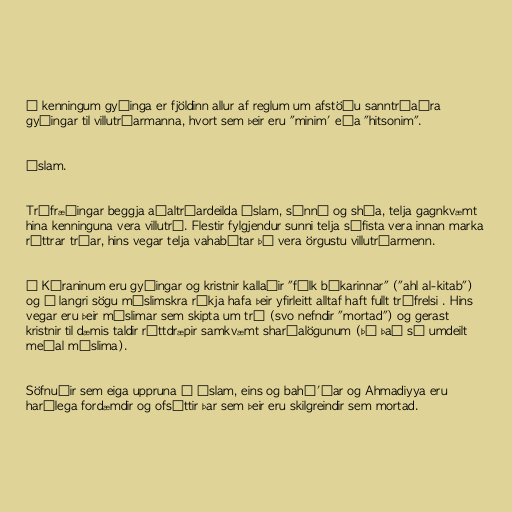
Í kenningum gyðinga er fjöldinn allur af reglum um afstöðu sanntrúaðra
gyðingar til villutrúarmanna, hvort sem þeir eru "minim' eða "hitsonim".

Íslam.

Trúfræðingar beggja aðaltrúardeilda íslam, súnní og shía, telja gagnkvæmt
hina kenninguna vera villutrú. Flestir fylgjendur sunni telja súfista vera innan marka
réttrar trúar, hins vegar telja vahabítar þá vera örgustu villutrúarmenn.

Í Kóraninum eru gyðingar og kristnir kallaðir "fólk bókarinnar" ("ahl al-kitab")
og í langri sögu múslimskra ríkja hafa þeir yfirleitt alltaf haft fullt trúfrelsi . Hins
vegar eru þeir múslimar sem skipta um trú (svo nefndir "mortad") og gerast
kristnir til dæmis taldir réttdræpir samkvæmt sharíalögunum (þó það sé umdeilt
meðal múslima).

Söfnuðir sem eiga uppruna í íslam, eins og bahá'íar og Ahmadiyya eru
harðlega fordæmdir og ofsóttir þar sem þeir eru skilgreindir sem mortad.